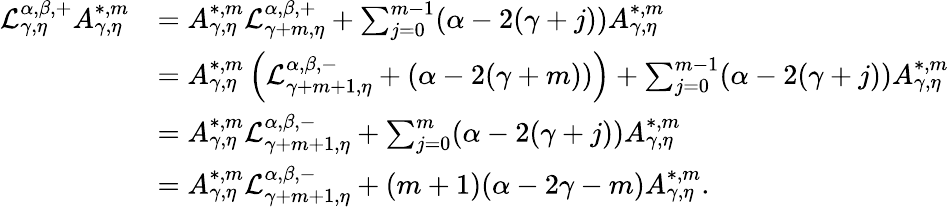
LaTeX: \begin{array}{rl}{\mathcal{L}_{\gamma,\eta}^{\alpha,\beta,+}A_{\gamma,\eta}^{*,m}}&{=A_{\gamma,\eta}^{*,m}\mathcal{L}_{\gamma+m,\eta}^{\alpha,\beta,+}+\sum_{j=0}^{m-1}(\alpha-2(\gamma+j))A_{\gamma,\eta}^{*,m}}\\ &{=A_{\gamma,\eta}^{*,m}\left(\mathcal{L}_{\gamma+m+1,\eta}^{\alpha,\beta,-}+(\alpha-2(\gamma+m))\right)+\sum_{j=0}^{m-1}(\alpha-2(\gamma+j))A_{\gamma,\eta}^{*,m}}\\ &{=A_{\gamma,\eta}^{*,m}\mathcal{L}_{\gamma+m+1,\eta}^{\alpha,\beta,-}+\sum_{j=0}^{m}(\alpha-2(\gamma+j))A_{\gamma,\eta}^{*,m}}\\ &{=A_{\gamma,\eta}^{*,m}\mathcal{L}_{\gamma+m+1,\eta}^{\alpha,\beta,-}+(m+1)(\alpha-2\gamma-m)A_{\gamma,\eta}^{*,m}.}\end{array}